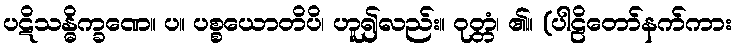
ပဋိသန္ဓိက္ခဏေ။ ပ။ ပစ္စယောတိပိ၊ ဟူ၍လည်း။ ဝုတ္တံ၊ ၏။ (ပါဠိတော်နက်ကား